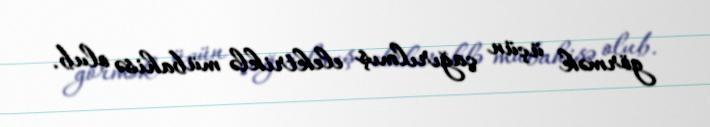
görmək üçün çağırılmış elektriklə mübahisə olub.